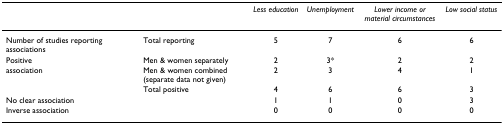
<table><thead><tr><td></td><td></td><td><b><i>Less education</i></b></td><td><b><i>Unemployment</i></b></td><td><b><i>Lower income or material circumstances</i></b></td><td><b><i>Low social status</i></b></td></tr></thead><tbody><tr><td>Number of studies reporting associations</td><td>Total reporting</td><td>5</td><td>7</td><td>6</td><td>6</td></tr><tr><td>Positive</td><td>Men &amp; women separately</td><td>2</td><td>3*</td><td>2</td><td>2</td></tr><tr><td>association</td><td>Men &amp; women combined (separate data not given)</td><td>2</td><td>3</td><td>4</td><td>1</td></tr><tr><td></td><td>Total positive</td><td>4</td><td>6</td><td>6</td><td>3</td></tr><tr><td>No clear association</td><td></td><td>1</td><td>1</td><td>0</td><td>3</td></tr><tr><td>Inverse association</td><td></td><td>0</td><td>0</td><td>0</td><td>0</td></tr></tbody></table>